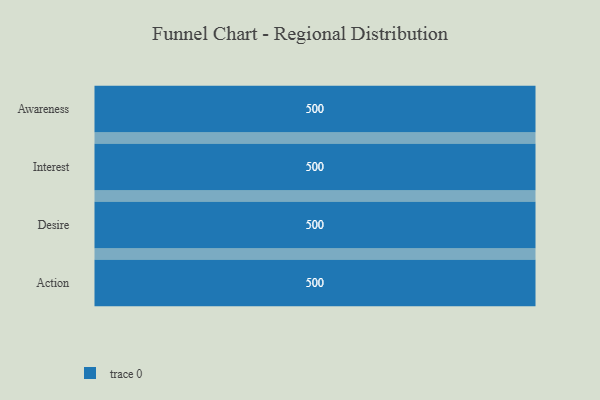
{"axis": {"x": "Stage", "y": "Value"}, "legend": [""], "data": [{"x": "Awareness", "y": 500, "type": ""}, {"x": "Interest", "y": 500, "type": ""}, {"x": "Desire", "y": 500, "type": ""}, {"x": "Action", "y": 500, "type": ""}]}